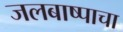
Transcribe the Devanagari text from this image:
जलबाष्पाचा